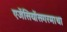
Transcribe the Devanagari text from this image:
एजेंसियोंसगरमाथा